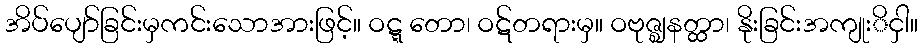
အိပ်ပျော်ခြင်းမှကင်းသောအားဖြင့်။ ဝဋ္ဋ တော၊ ဝဋ်တရားမှ။ ဝဗုဇ္ဈနတ္ထာ၊ နိုးခြင်းအကျုးိငှါ။